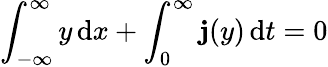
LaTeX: \int_{-\infty}^{\infty}y\, \mathrm{d}x+\int_{0}^{\infty}\mathbf{j}(y)\, \mathrm{d}t=0